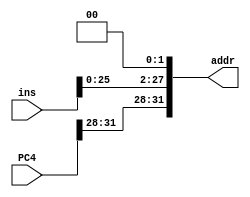
`timescale 1ns / 1ps
//////////////////////////////////////////////////////////////////////////////////
// Company: 
// Engineer: 
// 
// Design Name: 
// Module Name: ImmediateExtend
// Project Name: 
// Target Devices: 
// Tool Versions: 
// Description: 
// 
// Dependencies: 
// 
// Revision:
// Revision 0.01 - File Created
// Additional Comments:
// 
//////////////////////////////////////////////////////////////////////////////////


module ImmediateExtend(PC4, ins, addr);
    input [31:0] PC4;
    input [31:0] ins;
    output reg [31:0] addr;
    always @(PC4 or ins) begin
        addr[31:28] = PC4[31:28];
        addr[27:2] = ins[25:0];
        addr[1:0] = 00;
    end
endmodule